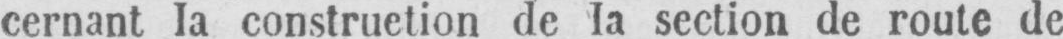
cernant la construction de la section de route de